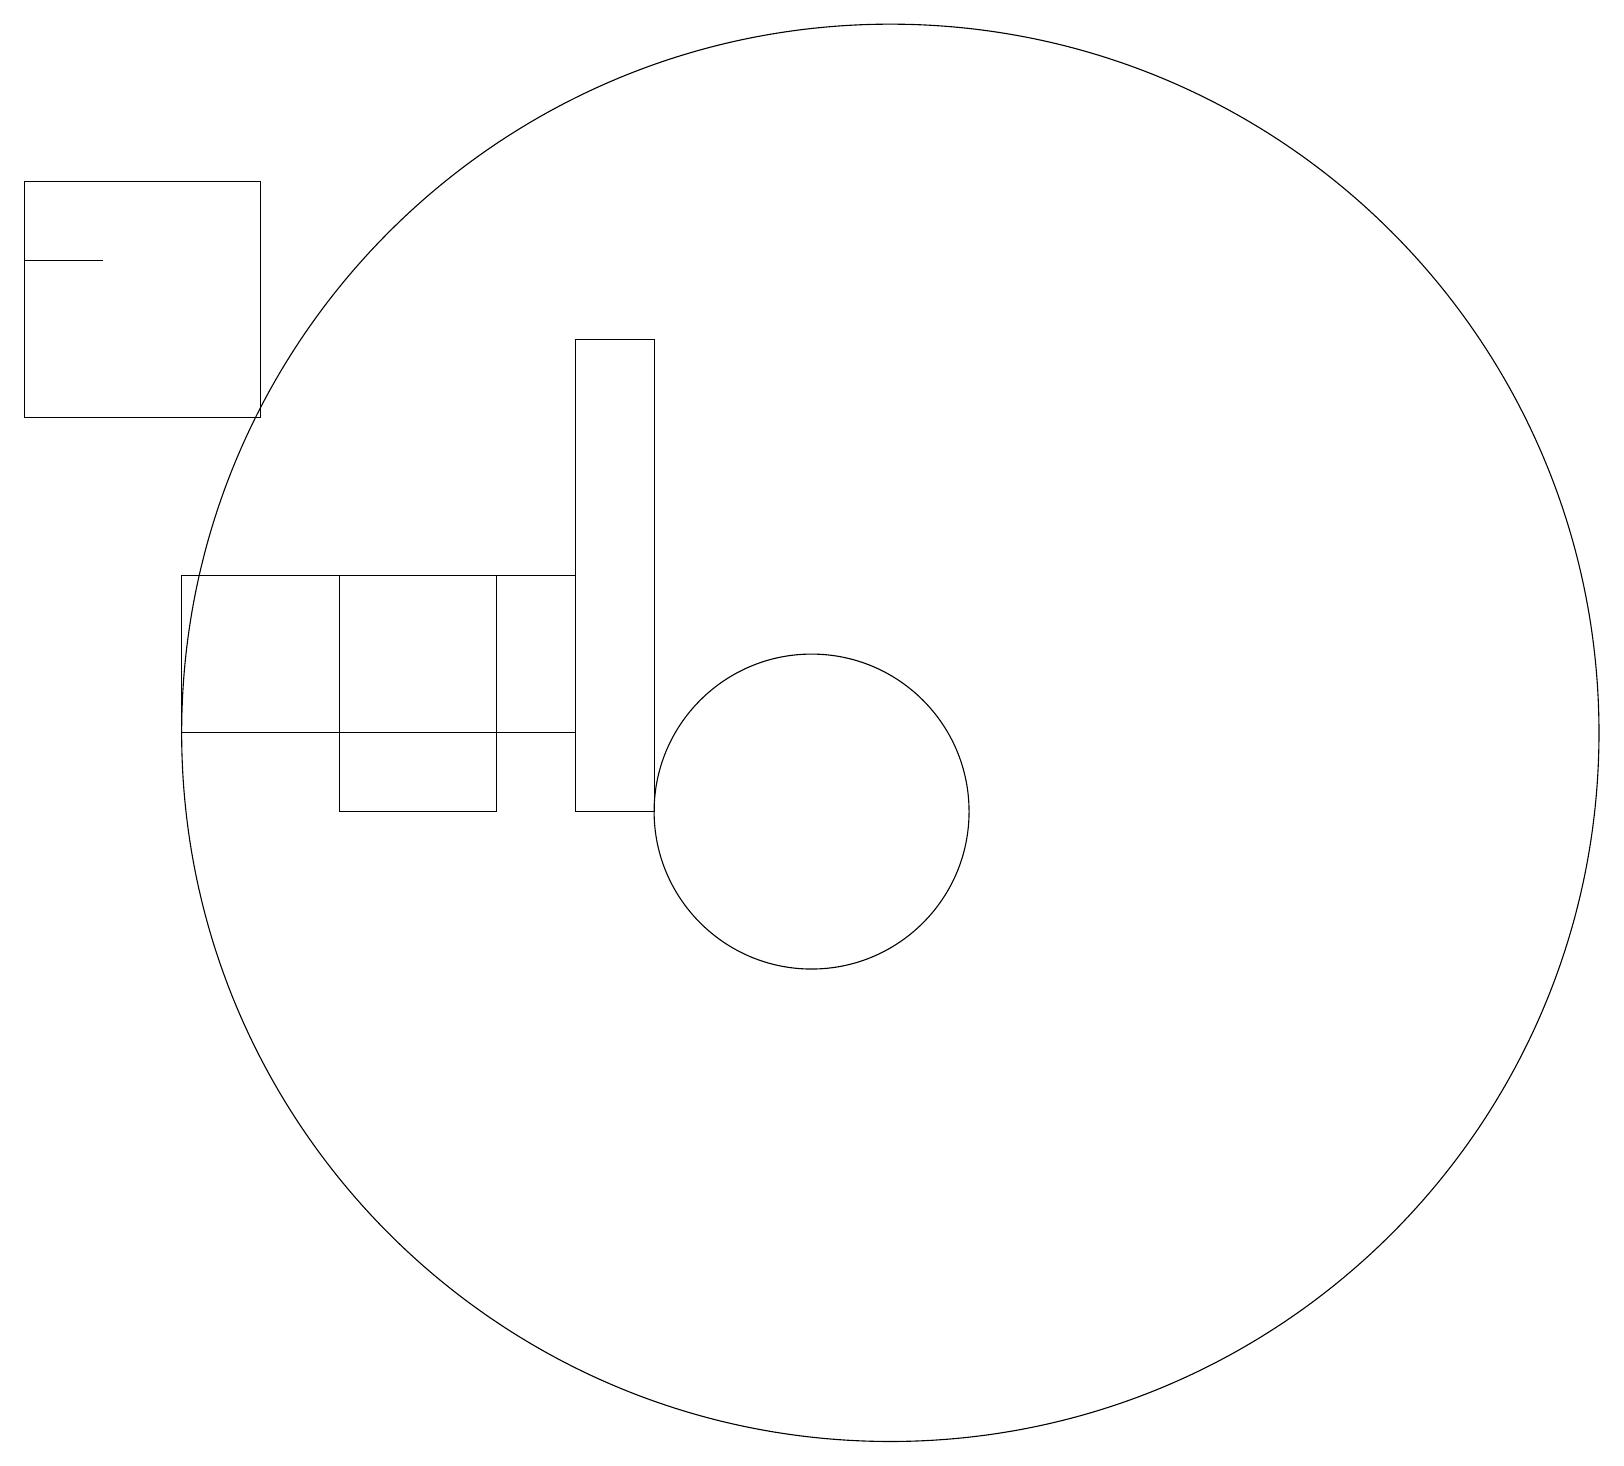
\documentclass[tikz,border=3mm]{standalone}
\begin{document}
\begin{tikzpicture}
\draw (12,12) circle (9);
\draw (5,11) rectangle (7,14);
\draw (11,11) circle (2);
\draw (2,18) rectangle (1,18);
\draw (8,14) rectangle (3,12);
\draw (9,11) rectangle (8,17);
\draw (1,19) rectangle (4,16);
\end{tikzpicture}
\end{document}